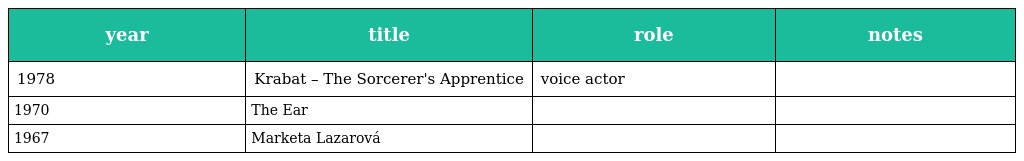
| year | title | role | notes |
 | --- | --- | --- | --- |
 | 1978 | Krabat – The Sorcerer's Apprentice | voice actor |  |
 | 1970 | The Ear |  |  |
 | 1967 | Marketa Lazarová |  |  |